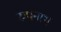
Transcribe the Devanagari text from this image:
रुपनाथ